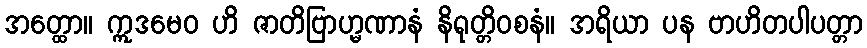
အတ္ထော။ ဣဒမေဝ ဟိ ဇာတိဗြာဟ္မဏာနံ နိရုတ္တိဝစနံ။ အရိယာ ပန ဗာဟိတပါပတ္တာ